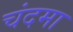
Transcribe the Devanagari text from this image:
चंदमा